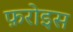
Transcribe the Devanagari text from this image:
फ़रोइस